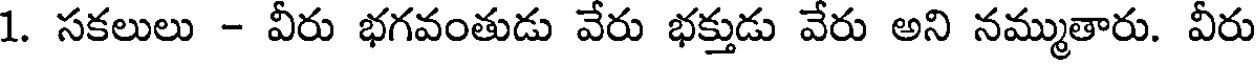
1. సకలులు - వీరు భగవంతుడు వేరు భక్తుడు వేరు అని నమ్ముతారు. వీరు